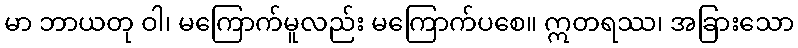
မာ ဘာယတု ဝါ၊ မကြောက်မူလည်း မကြောက်ပစေ။ ဣတရဿ၊ အခြားသော